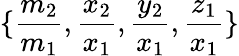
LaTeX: \{ \frac{m_{2}}{m_{1}},\frac{x_{2}}{x_{1}},\frac{y_{2}}{x_{1}},\frac{z_{1}}{x_{1}}\}